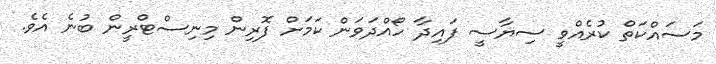
މަސައްކަތް ކުރެއްވީ ސިޔާސީ ފައިދާ ހޯއްދަވަން ކަމަށް ފޮރިން މިނިސްޓްރީން ބުނެ އެވެ.